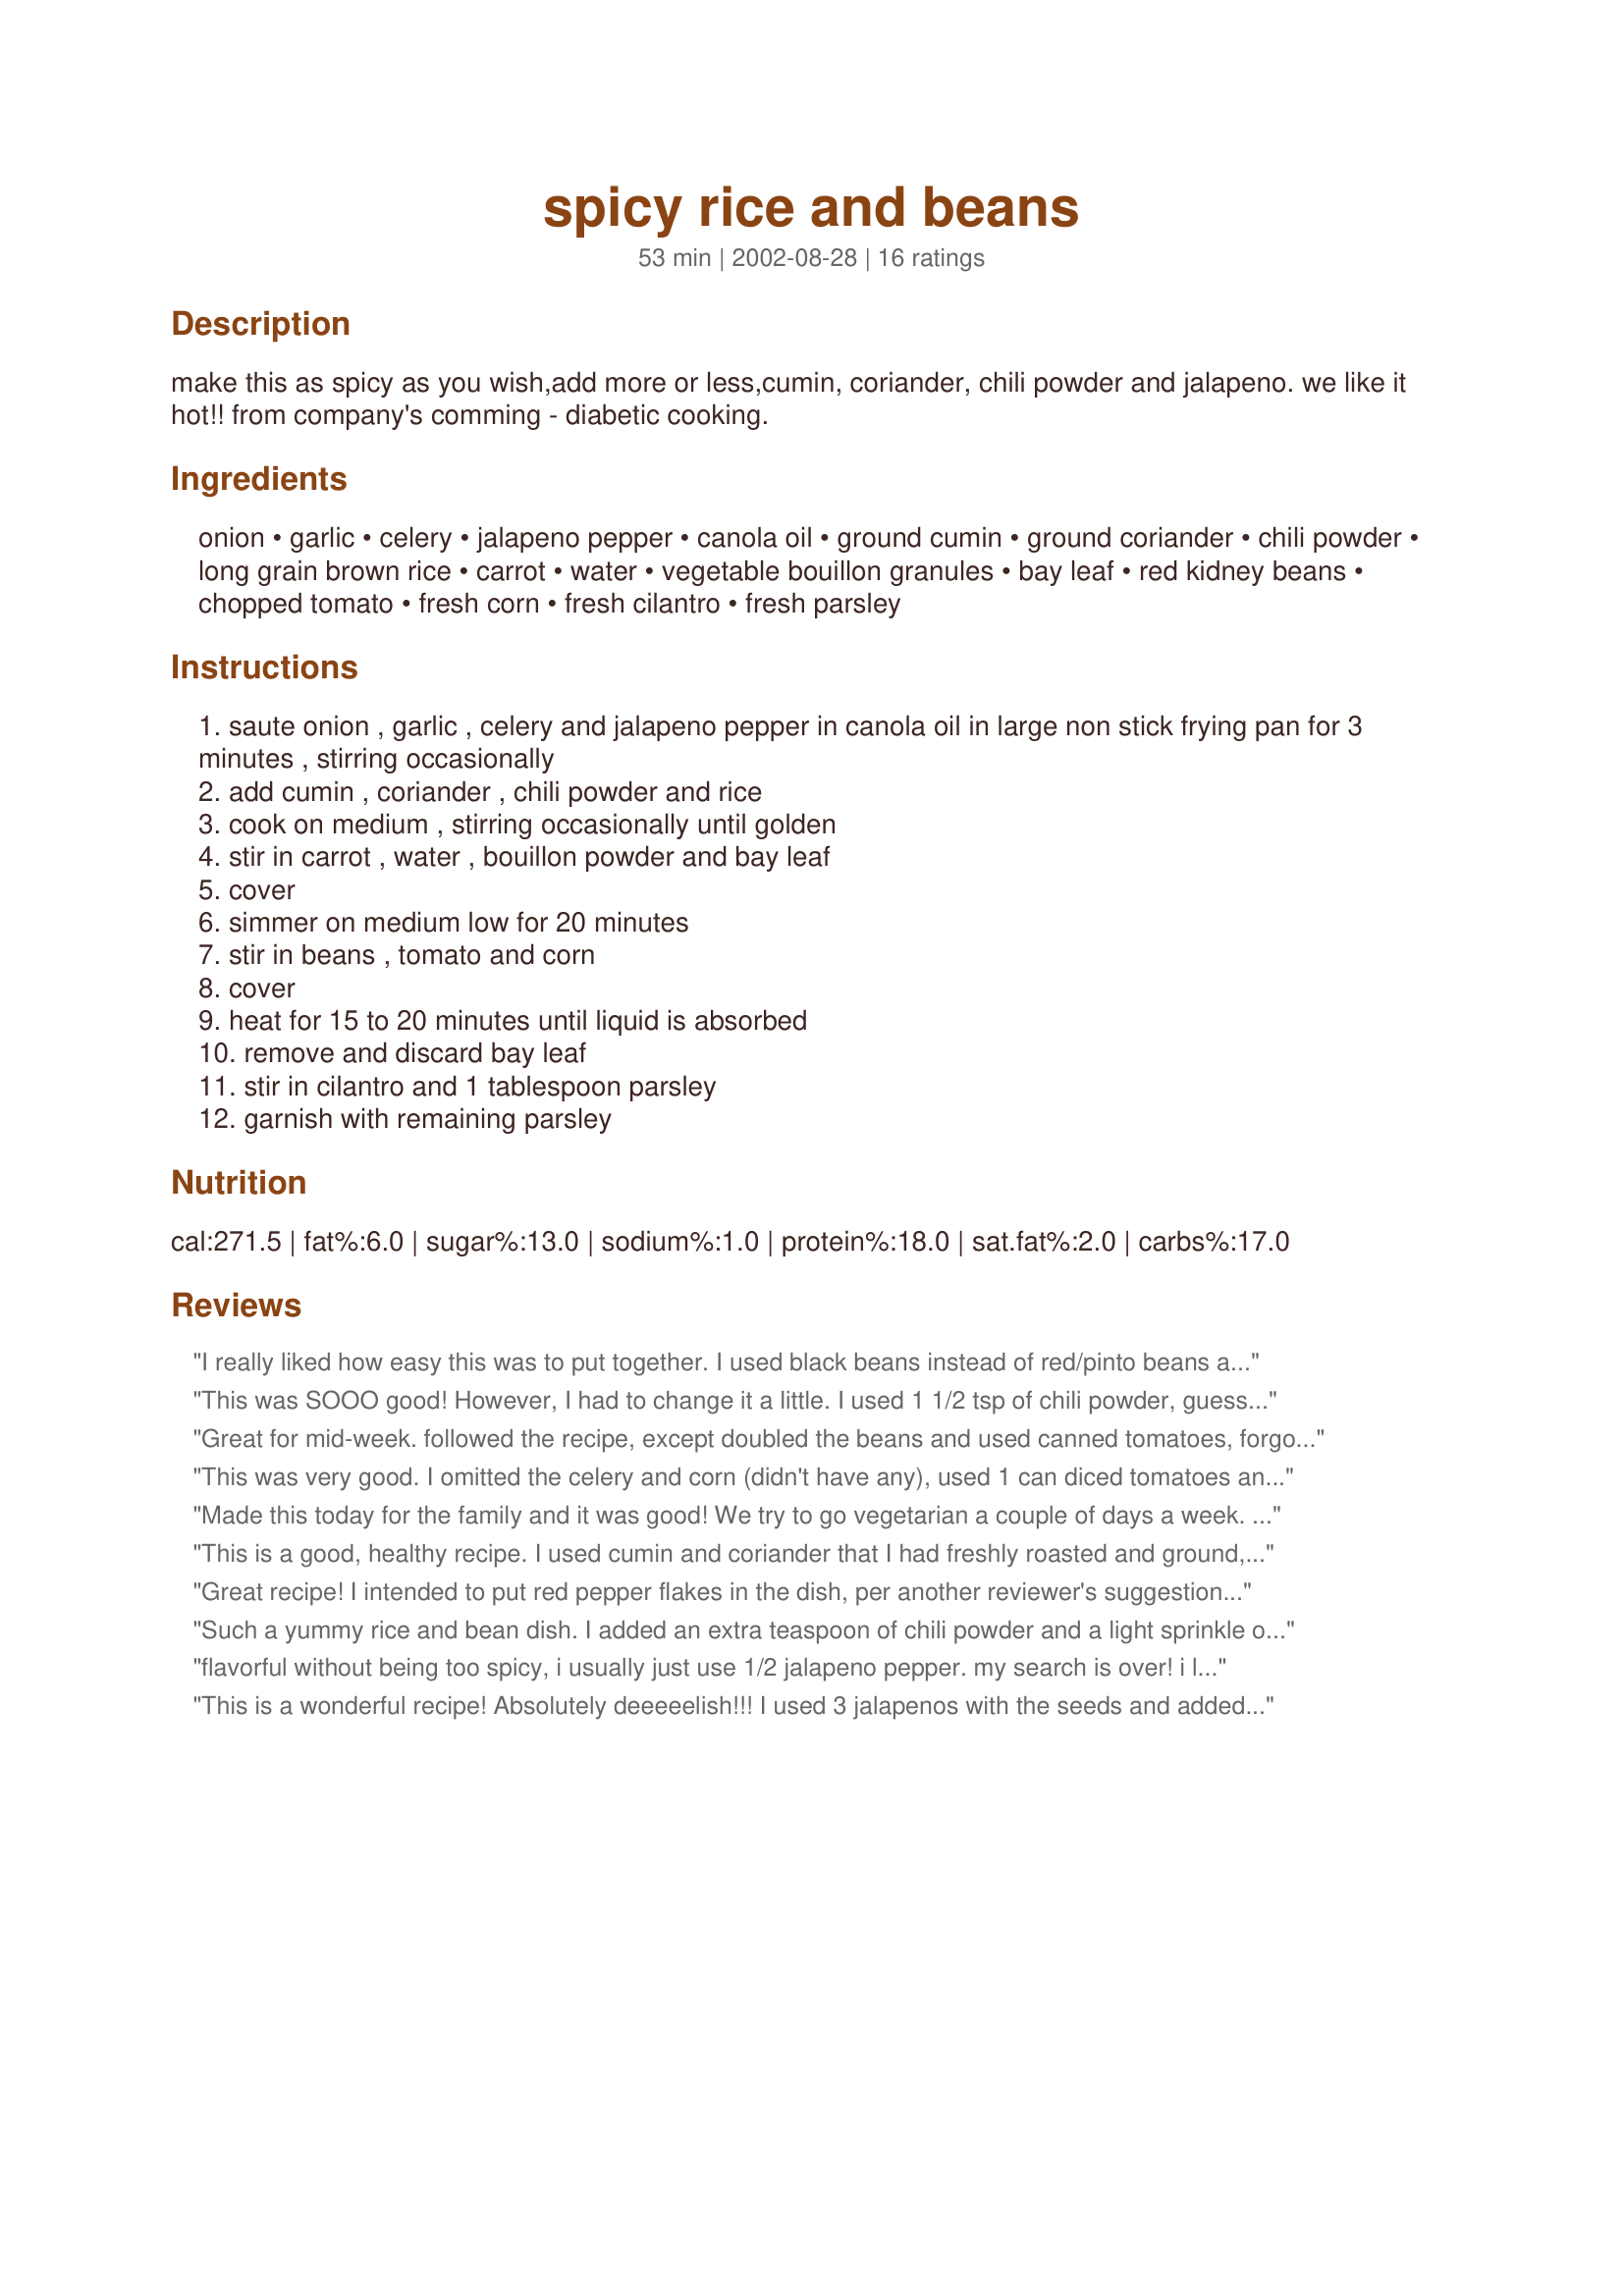
spicy rice and beans
Preparation time: 53 minutes

make this as spicy as you wish,add more or less,cumin, coriander, chili powder and jalapeno. we like it hot!! from company's comming - diabetic cooking.

Ingredients:
onion, garlic, celery, jalapeno pepper, canola oil, ground cumin, ground coriander, chili powder, long grain brown rice, carrot, water, vegetable bouillon granules, bay leaf, red kidney beans, chopped tomato, fresh corn, fresh cilantro, fresh parsley

Steps:
saute onion , garlic , celery and jalapeno pepper in canola oil in large non stick frying pan for 3 minutes , stirring occasionally
add cumin , coriander , chili powder and rice
cook on medium , stirring occasionally until golden
stir in carrot , water , bouillon powder and bay leaf
cover
simmer on medium low for 20 minutes
stir in beans , tomato and corn
cover
heat for 15 to 20 minutes until liquid is absorbed
remove and discard bay leaf
stir in cilantro and 1 tablespoon parsley
garnish with remaining parsley

Reviews:
I really liked how easy this was to put together. I used black beans instead of red/pinto beans and skipped the bouillon as it didn't seem like it was needed. Everything was delicious and really flavourful! The grated carrots got lost in everything, so next time I'd just use mixed frozen vegetables. Thanks!
This was SOOO good! However, I had to change it a little. I used 1 1/2 tsp of chili powder, guessed at the (dried) cilantro and (dried) parsley, bouillon cubes, 1 cup of chopped canned whole tomatoes, and 1/4 of a large white onion. Also, I don't know what my problem is with recipes and brown rice, but I had to add an additional cup of water and cook about 20 minutes longer. I topped with colby cheese and my husband ate it on a tortilla. Needless to say, we're very excited about the leftovers for lunch tomorrow. For us, this made enough for five bowls total.
Great for mid-week. followed the recipe, except doubled the beans and used canned tomatoes, forgot the cilantro, used pickled jalepenos. next time i'll up the seasonings. Good comfort food.
This was very good. I omitted the celery and corn (didn't have any), used 1 can diced tomatoes and added more jalapenos and spice. My husband added cheese and sour cream to his, but it tastes delicious either way!
Made this today for the family and it was good! We try to go vegetarian a couple of days a week. I used tomatoes and corn from a can. Didn't have fresh or frozen corn. I also used a serrano pepper instead of a jalepeno. Also what I had on hand. Otherwise, I prepared the recipe exactly as directed. Thanks. We really enjoyed it and will make this again.
This is a good, healthy recipe. I used cumin and coriander that I had freshly roasted and ground, doubled the quantities and still felt like it could have used some extra seasoning. I left out the corn and doubled the quantity of grated carrot since I had to use them up, and added it closer to the end of the rice being cooked, so it wouldn't turn to mush and get lost in the dish. Finally, I browned two Trader Joe's Meatless Sausage and stirred it in at the end.
Great recipe! I intended to put red pepper flakes in the dish, per another reviewer's suggestion, but I forgot. Instead, I used hot sauce to add some heat just before serving. And a little low fat cheese and low fat sour cream, per another reviewer's comments. This dish is super easy to tweak to suit your own preferences, and so healthy and easy! We will definitely be making this one again.
Such a yummy rice and bean dish. I added an extra teaspoon of chili powder and a light sprinkle of red pepper flakes for a little more spice. Very delicious and healthy too. Thanks for sharing this Dorothy.
flavorful without being too spicy, i usually just use 1/2 jalapeno pepper. my search is over! i love spicy food but the rest of my family doesn't so i add my own heat. thanks for the great recipe.
This is a wonderful recipe! Absolutely deeeeelish!!! I used 3 jalapenos with the seeds and added a little more of the spices to give this a good kick. Excellent dinner for me with the protein, grains and veggies all in one. I didn't need anything else.
I liked this a lot. I used refried beans because they were the only kind I had in the house and they worked just fine, but obviously made a difference in the overall look and texture. I cooked it first and then tasted for spiciness and adjusted to suit our preferences. Tasted even better the next day topped with salsa. It was nice and colorful and a combination I'm likely to try again. Thanks! Update: I did make this again, this time with black beans. I liked it even better this time and my 7 year old loved it!
Delicious! This is one of those recipes that tastes 100 times better than it looks. Looks wise this looks almost boring, just a beans and rice dish. Taste wise though you get a mixture of flavours, the nutty flavour of the rice, uniqueness of the beans and the spicy kick softened by the sweet carrots and corn. This wonderful healthy vegetarian meal is a regular at our house!
thought it was kinda bland. would not make again.
My family really enjoyed this dish. Especially my husband who usally doesn't give a favorably comment easily. I used black beans and they worked quit well. I also used chicken bouillion and left out the bay leaf and it still turned out great.
What a wonderful vegetarian dish! I have many vegetarian friends and I am always looking for yummy recipes when they come over for dinner. You don't need any meat to make a meal out of this delicious dish.
What a fabulous rice dish - it's so flavorful! The heat of the spicy peppers and chili powder was nicely countered by the sweetness of the carrots and corn. I did add an extra jalapeno and some red pepper flakes. I can't help it - I just like things HOT! :) I made this for myself last night for dinner and plan to eat it the rest of the week! Yum! Thanks, Derf!
